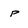
Character: p